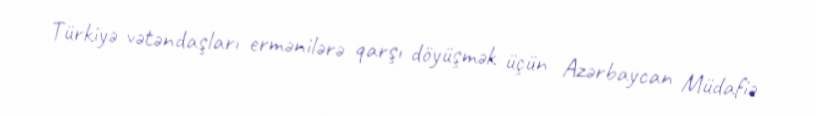
Türkiyə vətəndaşları ermənilərə qarşı döyüşmək üçün Azərbaycan Müdafiə